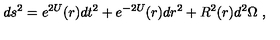
d s ^ { 2 } = e ^ { 2 U } ( r ) d t ^ { 2 } + e ^ { - 2 U } ( r ) d r ^ { 2 } + R ^ { 2 } ( r ) d ^ { 2 } \Omega \ ,